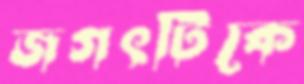
জগৎটিকে